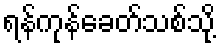
ရန်ကုန်ခေတ်သစ်သို့